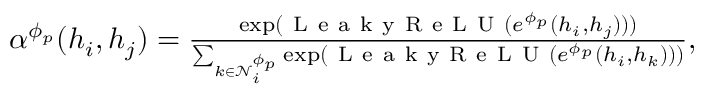
\begin{array} { r } { \begin{array} { r } { \alpha ^ { \phi _ { p } } ( h _ { i } , h _ { j } ) = \frac { \exp ( \mathrm { ~ L ~ e ~ a ~ k ~ y ~ R ~ e ~ L ~ U ~ } ( e ^ { \phi _ { p } } ( h _ { i } , h _ { j } ) ) ) } { \sum _ { k \in \mathcal { N } _ { i } ^ { \phi _ { p } } } \exp ( \mathrm { ~ L ~ e ~ a ~ k ~ y ~ R ~ e ~ L ~ U ~ } ( e ^ { \phi _ { p } } ( h _ { i } , h _ { k } ) ) ) } , } \end{array} } \end{array}